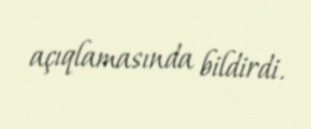
açıqlamasında bildirdi.